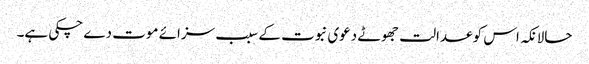
حالانکہ اس کو عدالت جھوٹے دعوی نبوت کے سبب سزائے موت دے چکی ہے۔